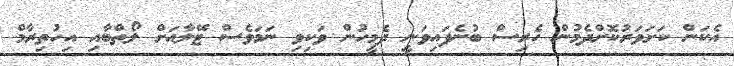
އެކަން ކަށަވަރުކޮށްދެމުން ހެރިސް ބުނެފައިވަނީ ދެމީހުން ވަކިވި ނަމަވެސް ޓޭލާއަށް ލޯތްބާއި އިހުތިރާމް